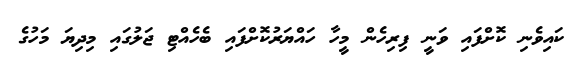
ކައިވެނި ކޮށްފައި ވަނީ ފިރިހެން މީހާ ހައްޔަރުކޮށްފައި ބެހެއްޓި ޖަލުގައި މިދިޔަ މަހުގެ